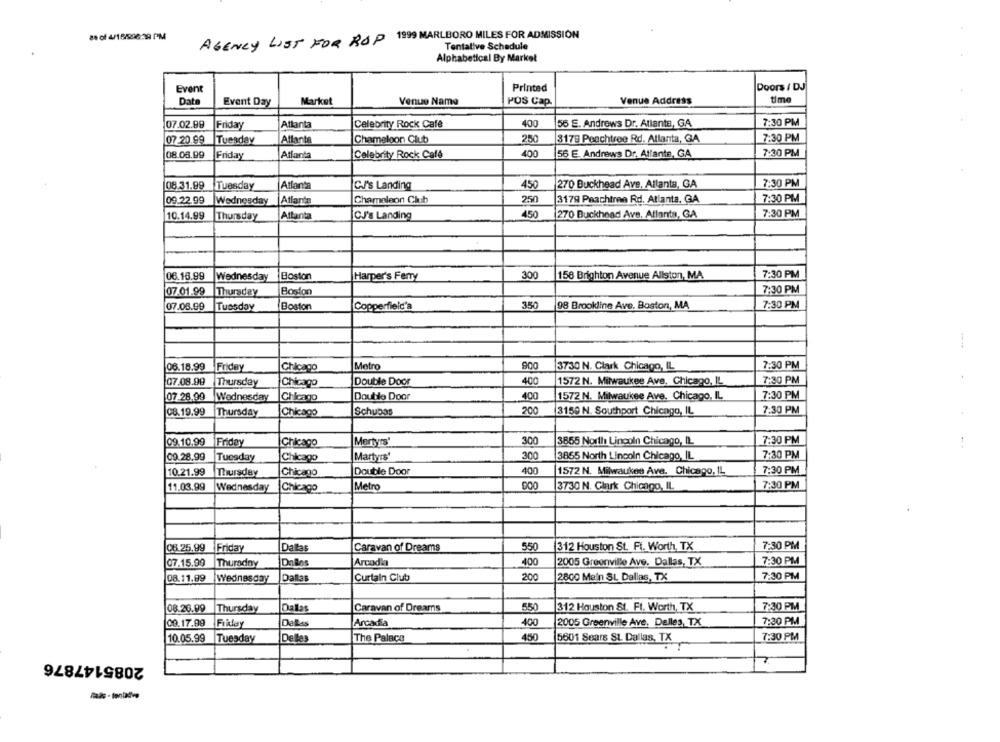
84 of 4/19596:39 PM
AGENCY LIST FOR ROP 1999 MARLBORO MILES FOR ADMISSION
Tentative Schedule
Alphabetical By Market
Event
Printed
Doors / DJ
Data
Event Day
Market
Venue Name
POS Cap.
Venue Address
time
07.02.99
Friday
Atlanta
Celebrity Rock Cafe
400
55 E. Andrews Dr. Atlanta, GA
7:30 PM
07 -20.99
Tuesday
Atlanta
Chameleon Club
250
3179 Peachtree Rd. Atlanta, GA
7:30 PM
08.08.99
Friday
Atlanta
Celebrity Rock Cafe
400
56 E. Andrews Dr. Atlanta, GA
7:30 PM
08.31.99
Tuesday
Atlanta
C./'s Landing
450
270 Buckhead Ave. Atlanta, GA
7:30 PM
09.22.99 |Wednesday
Atlanta
Chameleon Club
250
3179 Peachtree Rd. Atlanta, GA
7:30 PM
10.14.99
Attanta
CJ's Landing
45
270 Buckhead Ave. Atlanta, GA
7:30 PM
Thursday
06.16.99
300
7:30 PM
Wednesday
Boston
Harper's Ferry
156 Brighton Avenue Allston, MA.
7:30 PM
07.01.99
Thursday
Boston
350
98 Brookline Ave. Boston, MA
7:30 PM
07.08.99
Tuesday
Boston
Copperfield's
900
06.18.99
Friday
Chicago
Metro
3730 N. Clark Chicago, IL
7:30 PM
7:30 PM
07.08.99
Thursday
Chicago
Double Door
400
1572 N. Milwaukee Ave. Chicago, IL
07.28.99
Wednesday
Chicago
Double Door
400
1572 N. Milwaukee Ave, Chicago, IL
7:30 PM
08.19.99
Thursday
Chicago
Schubas
200
3150 N. Southport Chicago, IL
7:30 PM
09.10.99
Friday
Chicago
Martyrs'
300
3855 North Lincoln Chicago, IL
7:30 PM
09.28.99
Tuesday
Chicago
Martyrs"
300
3865 North Lincoln Chicago, IL
7:30 PM
10.21.99
Thursday
Chicago
Double Door
400
1572 N. Milwaukee Ave. Chicago, IL
7:30 PM
11.03.99
Wednesday
Chicago
Metro
000
3730 N. Clark Chicago, IL
7:30 PM
06.25.99 Friday
Dallas
Caravan of Dreams
550
312 Houston St. Ft. Worth, TX
7:30 PM
07.15.90
Thursdny
IDalos
Arcodia
400
2005 Greenville Ave. Dallas, TX
7:30 PM
08.11.99
Wednesday
Dallas
Curtain Club
200
2800 Main SL Dallas, TX
7:30 PM
08.26.99
Thursday
Dallas
Caravan of Dreams
550
312 Houston St. Ft. Worth, TX
7:30 PM
09.17.99
Friday
DeRs
Arcadia
400
2005 Greenville Ave, Delles, TX
7:30 PM
10.05.99
Tuesday
Delle
The Palace
450
5601 Sears St. Dallas, TX
7:30 PM
2085147876